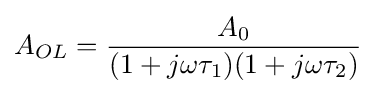
A_{OL}={\frac {A_{0}}{(1+j\omega \tau _{1})(1+j\omega \tau _{2})}}